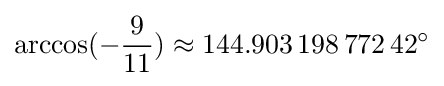
\arccos(-{\frac {9}{11}})\approx 144.903\,198\,772\,42^{\circ }